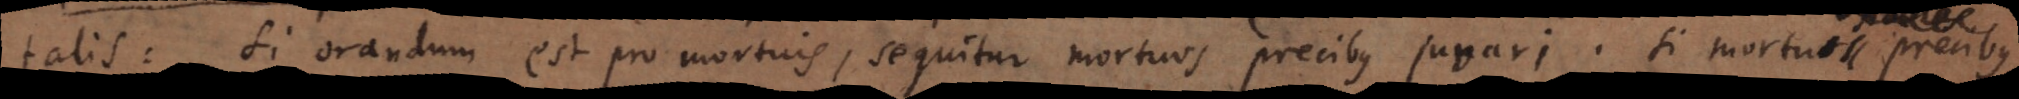
talis: Si orandum est pro mortuis, sequitur mortuos precibus juvari. Si mortui fideles